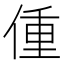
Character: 偅